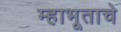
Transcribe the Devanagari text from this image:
म्हाभूताचे